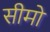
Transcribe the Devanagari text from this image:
सीमो